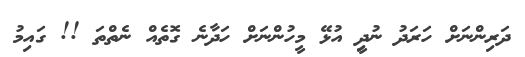
ދަރިންނަށް ހަރަދު ނުދިީ އުޅޭ މީހުންނަށް ހަދާނެ ގޮތެއް ނެތްތަ !! ގައިމު